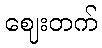
ဈေးတက်